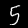
Label: 5